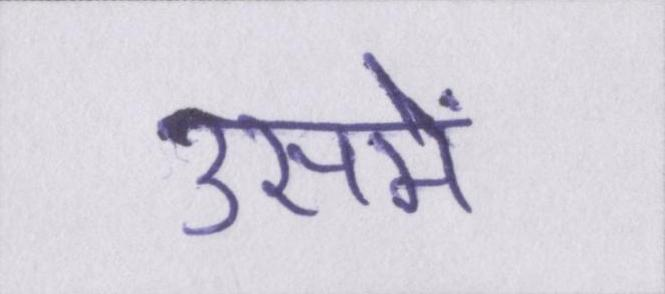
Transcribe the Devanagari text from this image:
उसमें